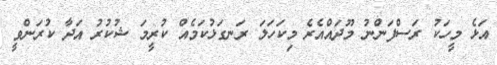
އަޅެ މީހަކު ރަސްފަންނު މޫދައްއެރެ މިކަހަލަ ރަނގަޅުކަމެއް ކުރީމަ ޝުކުރު އަދާ ކުރަންވީ